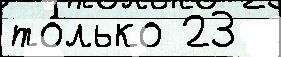
то́лько 23